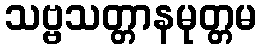
သဗ္ဗသတ္တာနမုတ္တမ